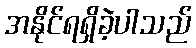
အနိုင်ရရှိခဲ့ပါသည်